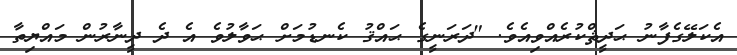
އެކަލޭގެފާނު ޙަދީޘްކުރެއްވިއެވެ. "ދަރަނީގެ ޙައްޤު ކެނޑުމަށް ޙަވާލުވެ އެ ދެ ދީނާރުން މައްޔިތާ